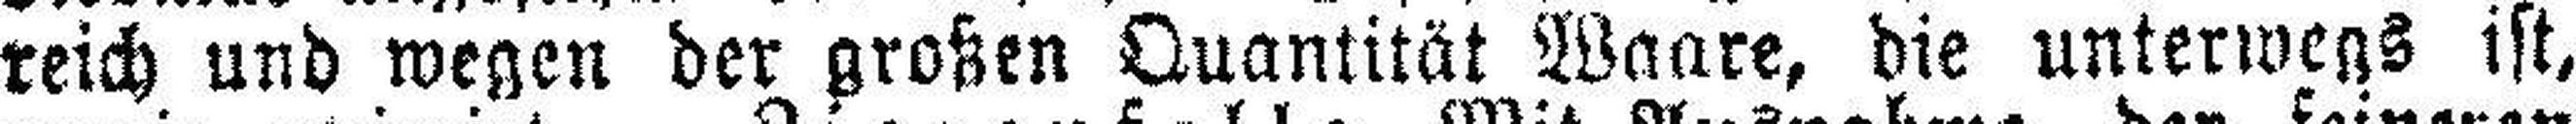
reich und wegen der großen Quantität Waare, die unterwegs ist,